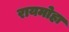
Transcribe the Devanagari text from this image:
रायमोहा